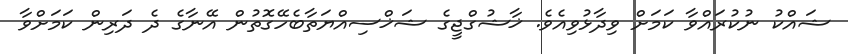
ޝައްކު ނުކުރައްވާ ކަމަށް ވިދާޅުވިއެވެ. ޚާޝުގްޖީގެ ޝަޚްސިއްޔަތާބެހޭގޮތުން އޭނާގެ ދެ ދަރިން ކަމަށްވާ